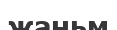
жаньм